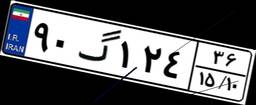
۹۰گ۱۲۴۳۶